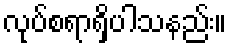
လုပ်စရာရှိပါသနည်း။